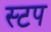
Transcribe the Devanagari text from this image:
स्टप